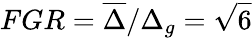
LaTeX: FGR=\overline{{\Delta}}/\Delta_{g}=\sqrt{6}